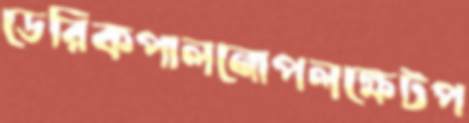
ডেরিকপালনোপলক্ষেটপ